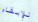
للإبقاء